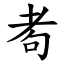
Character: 耇